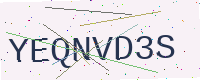
Text: YEQNVD3S